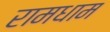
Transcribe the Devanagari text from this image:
रामधाम